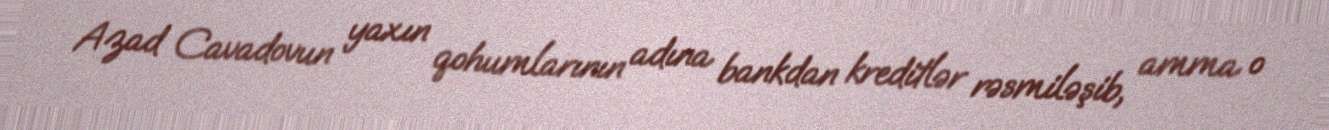
Azad Cavadovun yaxın qohumlarının adına bankdan kreditlər rəsmiləşib, amma o